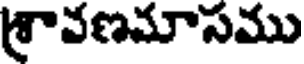
శ్రావణమాసము